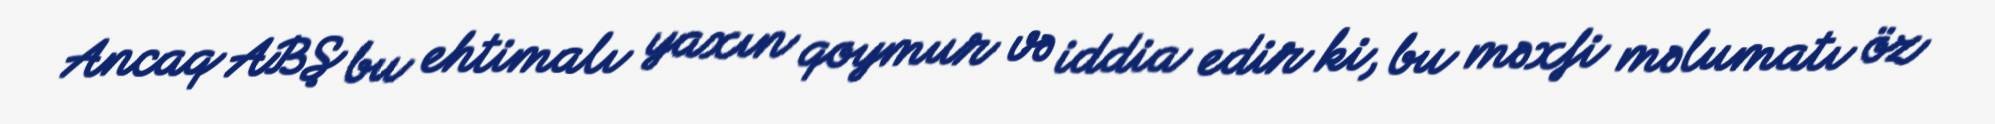
Ancaq ABŞ bu ehtimalı yaxın qoymur və iddia edir ki, bu məxfi məlumatı öz